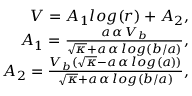
\begin{array} { r } { V = A _ { 1 } l o g ( r ) + A _ { 2 } , } \\ { A _ { 1 } = \frac { a \, \alpha \, V _ { b } } { \sqrt { \kappa } + a \, \alpha \, l o g ( b / a ) } , } \\ { A _ { 2 } = \frac { V _ { b } ( \sqrt { \kappa } - a \, \alpha \, l o g ( a ) ) } { \sqrt { \kappa } + a \, \alpha \, l o g ( b / a ) } , } \end{array}